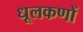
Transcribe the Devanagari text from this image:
धूलकणों